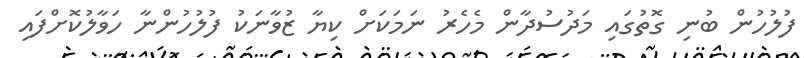
ފުލުހުން ބުނި ގޮތުގައި މަދުސުދާން މެހެރު ނަމަކަށް ކިޔާ ޒުވާނަކު ފުލުހުންނާ ހަވާލުކޮށްފައި